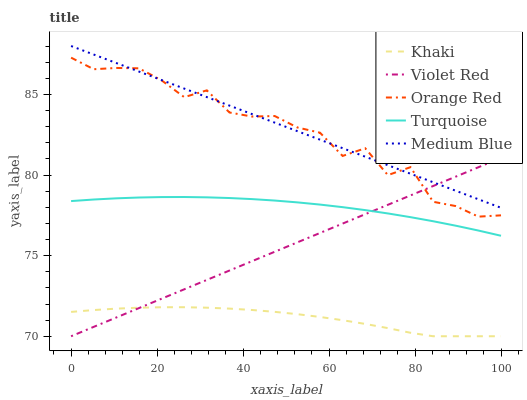
| xaxis_label | Khaki | Violet Red | Orange Red | Turquoise | Medium Blue |
 | --- | --- | --- | --- | --- | --- |
 | 0 | 71.5 | 70 | 87.3 | 78.4 | 88 |
 | 5.26 | 71.6 | 70.6 | 86.6 | 78.5 | 87.5 |
 | 10.5 | 71.7 | 71.2 | 86.6 | 78.6 | 86.9 |
 | 15.8 | 71.8 | 71.7 | 86.6 | 78.6 | 86.4 |
 | 21.1 | 71.8 | 72.3 | 85.9 | 78.6 | 85.9 |
 | 26.3 | 71.8 | 72.9 | 84.8 | 78.6 | 85.4 |
 | 31.6 | 71.8 | 73.5 | 85.3 | 78.6 | 84.8 |
 | 36.8 | 71.7 | 74.1 | 83.9 | 78.6 | 84.3 |
 | 42.1 | 71.6 | 74.7 | 83.6 | 78.5 | 83.8 |
 | 47.4 | 71.5 | 75.2 | 83.7 | 78.4 | 83.2 |
 | 52.6 | 71.4 | 75.8 | 82.9 | 78.3 | 82.7 |
 | 57.9 | 71.2 | 76.4 | 82.6 | 78.2 | 82.2 |
 | 63.2 | 71 | 77 | 81.2 | 78 | 81.7 |
 | 68.4 | 70.8 | 77.6 | 81.7 | 77.8 | 81.1 |
 | 73.7 | 70.5 | 78.2 | 80 | 77.6 | 80.6 |
 | 78.9 | 70.2 | 78.7 | 80.5 | 77.4 | 80.1 |
 | 84.2 | 70 | 79.3 | 78.3 | 77.1 | 79.6 |
 | 89.5 | 70 | 79.9 | 78.1 | 76.9 | 79 |
 | 94.7 | 70 | 80.5 | 77.4 | 76.6 | 78.5 |
 | 100 | 70 | 81.1 | 77.5 | 76.2 | 78 |